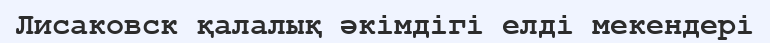
Лисаковск қалалық әкімдігі елді мекендері